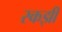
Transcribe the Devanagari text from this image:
स्कझी